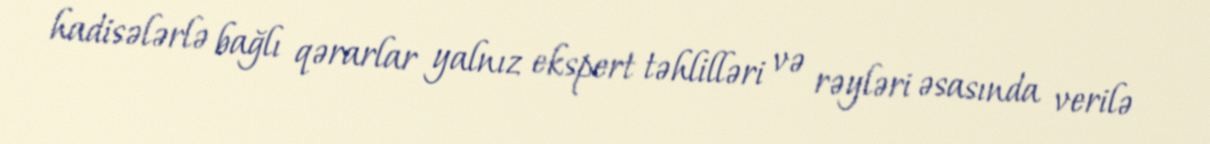
hadisələrlə bağlı qərarlar yalnız ekspert təhlilləri və rəyləri əsasında verilə